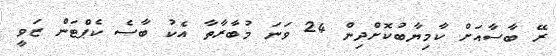
ރޭ ބާސާއަށް ކާމިޔާބުކޮށްދިން 24 ވަނަ މުބާރާތާ އެކު ބާސެ ކެޕްޓަން ޒަވީ